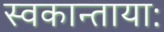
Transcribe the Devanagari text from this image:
स्वकान्तायाः